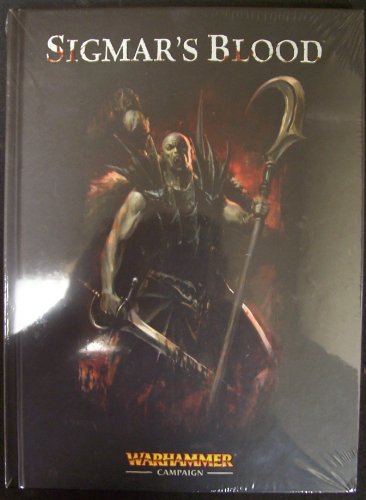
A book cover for Warhammer: Sigmar's Blood (English); Games Workshop; Science Fiction & Fantasy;